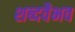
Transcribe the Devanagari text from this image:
शब्दवैभव